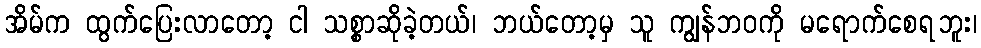
အိမ်က ထွက်ပြေးလာတော့ ငါ သစ္စာဆိုခဲ့တယ်၊ ဘယ်တော့မှ သူ ကျွန်ဘဝကို မရောက်စေရဘူး၊